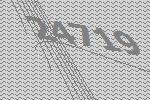
24719